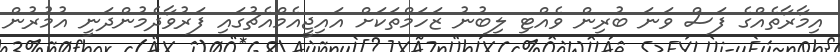
އިމާރާތެއްގެ ފަސް ވަނަ ބުރިން ވެއްޓި ލިބުނު ޒަހަމްތަކަށް އައިޖީއެމްއެޗުގައި ފަރުވާދެމުންދަނީ އުމުރުން